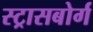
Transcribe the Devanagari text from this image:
स्ट्रासबोर्ग